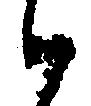
被